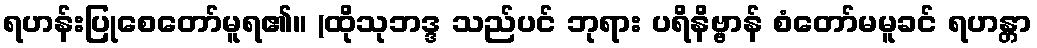
ရဟန်းပြုစေတော်မူရ၏။ (ထိုသုဘဒ္ဒ သည်ပင် ဘုရား ပရိနိဗ္ဗာန် စံတော်မမူခင် ရဟန္တာ